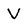
Character: V